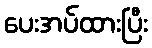
ပေးအပ်ထားပြီး